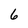
Character: 6